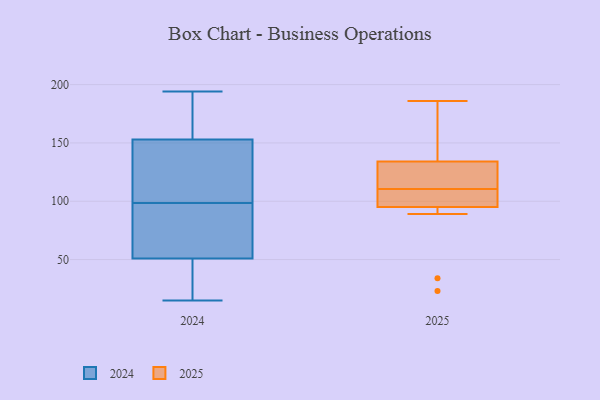
{"axis": {"x": "Active Users", "y": "Value"}, "legend": ["2024", "2025"], "data": [{"x": "", "y": 105, "type": "2025"}, {"x": "", "y": 34, "type": "2025"}, {"x": "", "y": 157, "type": "2025"}, {"x": "", "y": 95, "type": "2025"}, {"x": "", "y": 134, "type": "2025"}, {"x": "", "y": 23, "type": "2025"}, {"x": "", "y": 89, "type": "2025"}, {"x": "", "y": 95, "type": "2025"}, {"x": "", "y": 186, "type": "2025"}, {"x": "", "y": 130, "type": "2025"}, {"x": "", "y": 128, "type": "2025"}, {"x": "", "y": 137, "type": "2025"}, {"x": "", "y": 110, "type": "2025"}, {"x": "", "y": 111, "type": "2025"}, {"x": "", "y": 21, "type": "2024"}, {"x": "", "y": 194, "type": "2024"}, {"x": "", "y": 91, "type": "2024"}, {"x": "", "y": 130, "type": "2024"}, {"x": "", "y": 192, "type": "2024"}, {"x": "", "y": 125, "type": "2024"}, {"x": "", "y": 94, "type": "2024"}, {"x": "", "y": 176, "type": "2024"}, {"x": "", "y": 15, "type": "2024"}, {"x": "", "y": 23, "type": "2024"}, {"x": "", "y": 79, "type": "2024"}, {"x": "", "y": 103, "type": "2024"}]}